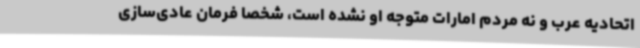
اتحادیه عرب و نه مردم امارات متوجه او نشده است، شخصا فرمان عادی‌سازی